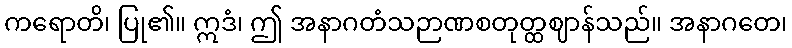
ကရောတိ၊ ပြု၏။ ဣဒံ၊ ဤ အနာဂတံသဉာဏစတုတ္ထဈာန်သည်။ အနာဂတေ၊